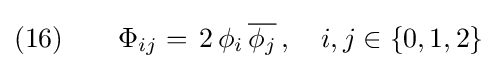
(16)\qquad \Phi _{ij}=\,2\,\phi _{i}\,{\overline {\phi _{j}}}\,,\quad i,j\in \{0,1,2\}